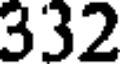
332